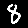
Digit: 8